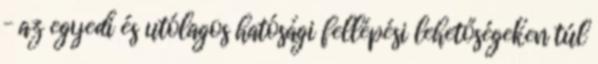
– az egyedi és utólagos hatósági fellépési lehetőségeken túl